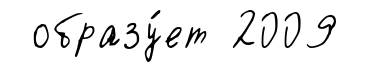
образу́ет 2009